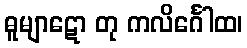
ဓူမျာဋော တု ကလိင်္ဂေါထ၊